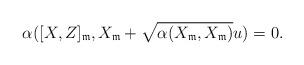
LaTeX: \begin{align*}\alpha([X,Z]_\mathfrak{m},X_\mathfrak{m}+\sqrt{\alpha(X_\mathfrak{m},X_\mathfrak{m})}u)=0.\end{align*}